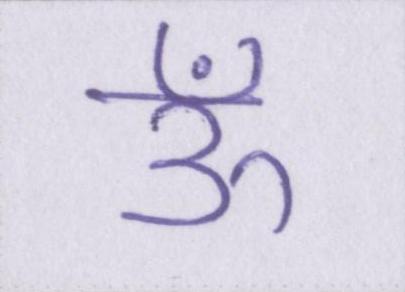
ऊँ